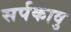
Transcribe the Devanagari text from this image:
सर्पकावु